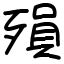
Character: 殞